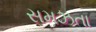
સમઝતા